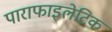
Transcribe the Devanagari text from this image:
पाराफाइलेटिक